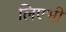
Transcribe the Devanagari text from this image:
लिएभी